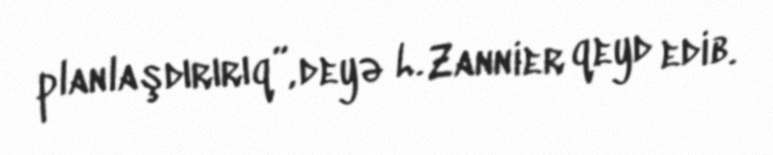
planlaşdırırıq”, deyə L. Zannier qeyd edib.